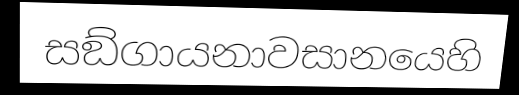
සඞ්ගායනාවසානයෙහි